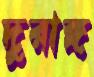
দুরাঙ্গ